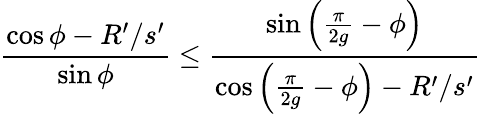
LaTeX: \frac{\cos\phi-R^{\prime}/s^{\prime}}{\sin\phi}\leq\frac{\sin\left(\frac{\pi}{2g}-\phi\right)}{\cos\left(\frac{\pi}{2g}-\phi\right)-R^{\prime}/s^{\prime}}